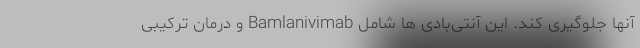
آنها جلوگیری کند. این آنتی‌بادی ها شامل Bamlanivimab و درمان ترکیبی